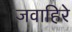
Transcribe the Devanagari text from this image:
जवाहिरे